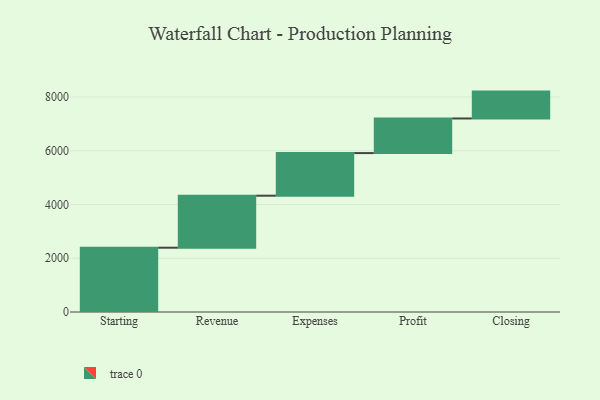
{"axis": {"x": "Step", "y": "Value"}, "legend": [""], "data": [{"x": "Starting", "y": 2393.0, "type": ""}, {"x": "Revenue", "y": 1935.0, "type": ""}, {"x": "Expenses", "y": 1586.0, "type": ""}, {"x": "Profit", "y": 1288.0, "type": ""}, {"x": "Closing", "y": 1000, "type": ""}]}